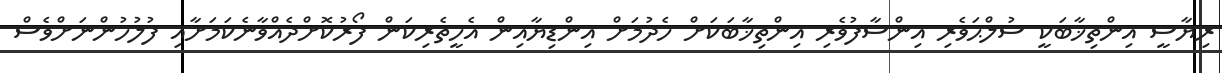
ރިޔާސީ އިންތިޚާބަކީ ސުލްޙަވެރި އިންސާފުވެރި އިންތިޚާބަކަށް ހެދުމަށް އިންޑިޔާއިން އެހީތެރިކަން ފޯރުކޮށްދެއްވާނެކަމަށާއި ފުލުހުންނަށްވެސް